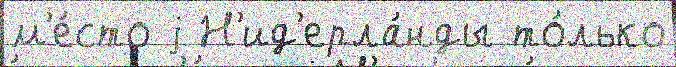
м'е́сто j Н'ид'ерла́нды то́лько